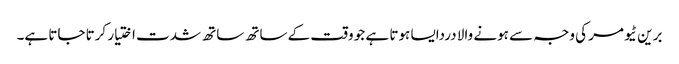
برین ٹیومر کی وجہ سے ہونے والا دردایسا ہوتا ہے جو وقت کے ساتھ ساتھ شدت اختیار کرتا جاتا ہے۔